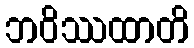
ဘဝိဿထာတိ